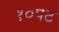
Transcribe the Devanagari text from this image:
१०पट